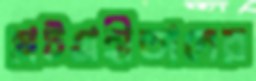
প্লটগ্রহীতাদের